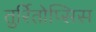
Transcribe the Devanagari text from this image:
तुर्रितोप्सिस